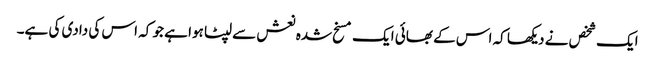
ایک شخص نے دیکھا کہ اس کے بھائی ایک مسخ شدہ نعش سے لپٹا ہوا ہے جو کہ اس کی دادی کی ہے۔